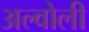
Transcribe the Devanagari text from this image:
अल्वोली